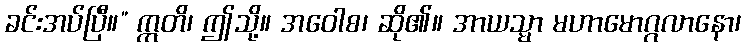
ခင်းအပ်ပြီ။” ဣတိ၊ ဤသို့။ အဝေါစ၊ ဆို၏။ အာယသ္မာ မဟာမောဂ္ဂလာနော၊